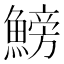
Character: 鰟